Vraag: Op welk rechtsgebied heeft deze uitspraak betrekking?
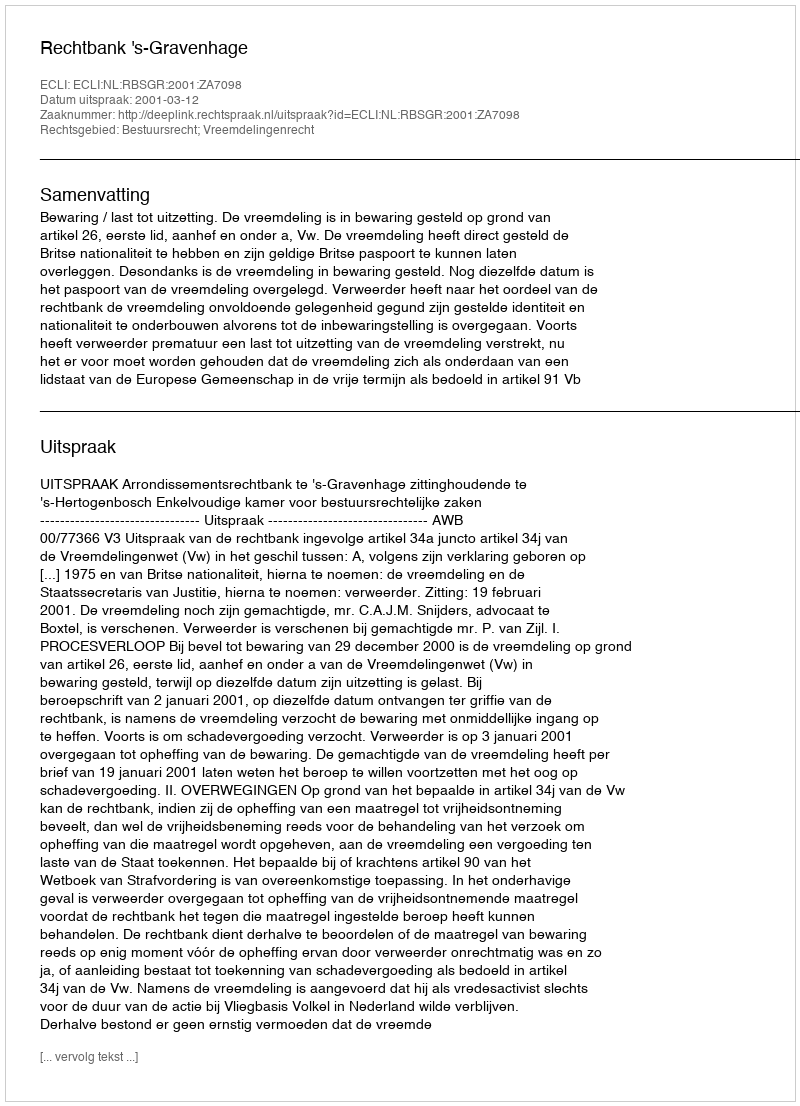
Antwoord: Bestuursrecht; Vreemdelingenrecht